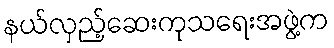
နယ်လှည့်ဆေးကုသရေးအဖွဲ့က